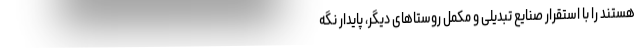
هستند را با استقرار صنایع تبدیلی و مکمل روستاهای دیگر، پایدار نگه